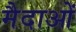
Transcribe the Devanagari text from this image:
मैदाओं